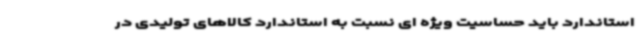
استاندارد باید حساسیت ویژه ای نسبت به استاندارد کالاهای تولیدی در